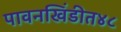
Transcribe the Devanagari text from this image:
पावनखिंडीत४८